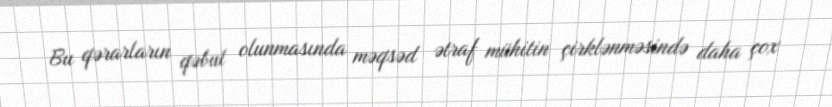
Bu qərarların qəbul olunmasında məqsəd ətraf mühitin çirklənməsində daha çox